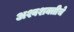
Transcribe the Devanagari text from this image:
अश्वशक्तीचे